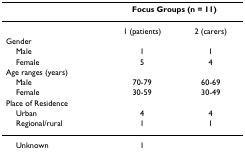
<table><thead><tr><td></td><td colspan="2"><b>Focus Groups (n = 11)</b></td></tr></thead><tbody><tr><td></td><td>1 (patients)</td><td>2 (carers)</td></tr><tr><td>Gender</td><td></td><td></td></tr><tr><td> Male</td><td>1</td><td>1</td></tr><tr><td> Female</td><td>5</td><td>4</td></tr><tr><td>Age ranges (years)</td><td></td><td></td></tr><tr><td> Male</td><td>70-79</td><td>60-69</td></tr><tr><td> Female</td><td>30-59</td><td>30-49</td></tr><tr><td>Place of Residence</td><td></td><td></td></tr><tr><td> Urban</td><td>4</td><td>4</td></tr><tr><td> Regional/rural</td><td>1</td><td>1</td></tr><tr><td> Unknown</td><td>1</td><td></td></tr></tbody></table>